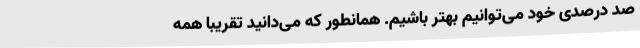
صد درصدی خود می‌توانیم بهتر باشیم. همانطور که می‌دانید تقریبا همه